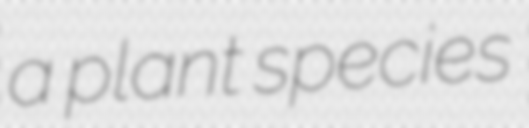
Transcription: a plant species